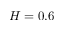
H = 0 . 6